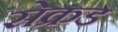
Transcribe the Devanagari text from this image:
सेक्रड